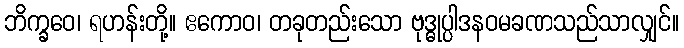
ဘိက္ခဝေ၊ ရဟန်းတို့။ ဧကောဝ၊ တခုတည်းသော ဗုဒ္ဓုပ္ပါဒနဝမခဏသည်သာလျှင်။